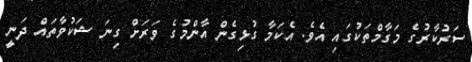
ސަރުކާރުގެ މަގާމްތަކުގައި އެވެ. އެކަމާ ގުޅިގެން އާންމުގެ ވަރަށް ގިނަ ޝަކުވާތައް ދަނީ